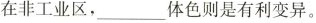
在非工业区，___体色则是有利变异。